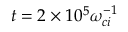
t = 2 \times 1 0 ^ { 5 } \omega _ { c i } ^ { - 1 }